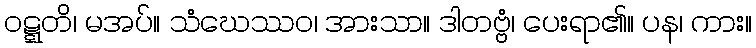
ဝဋ္ဋတိ၊ မအပ်။ သံဃေဿဝ၊ အားသာ။ ဒါတဗ္ဗံ၊ ပေးရာ၏။ ပန၊ ကား။